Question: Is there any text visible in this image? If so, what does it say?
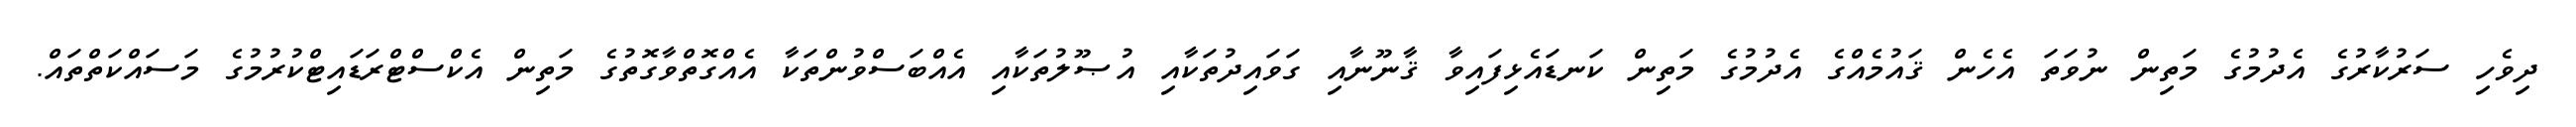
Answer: ދިވެހި ސަރުކާރުގެ އެދުމުގެ މަތިން ނުވަތަ އެހެން ޤައުމެއްގެ އެދުމުގެ މަތިން ކަނޑައެޅިފައިވާ ޤާނޫނާއި ގަވައިދުތަކާއި އުޞޫލުތަކާއި އެއްބަސްވުންތަކާ އެއްގޮތްވާގޮތުގެ މަތިން އެކްސްޓްރަޑައިޓްކުރުމުގެ މަސައްކަތްތައް.